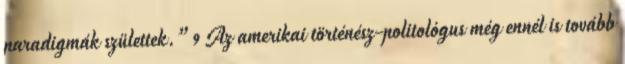
paradigmák születtek.”9 Az amerikai történész-politológus még ennél is tovább